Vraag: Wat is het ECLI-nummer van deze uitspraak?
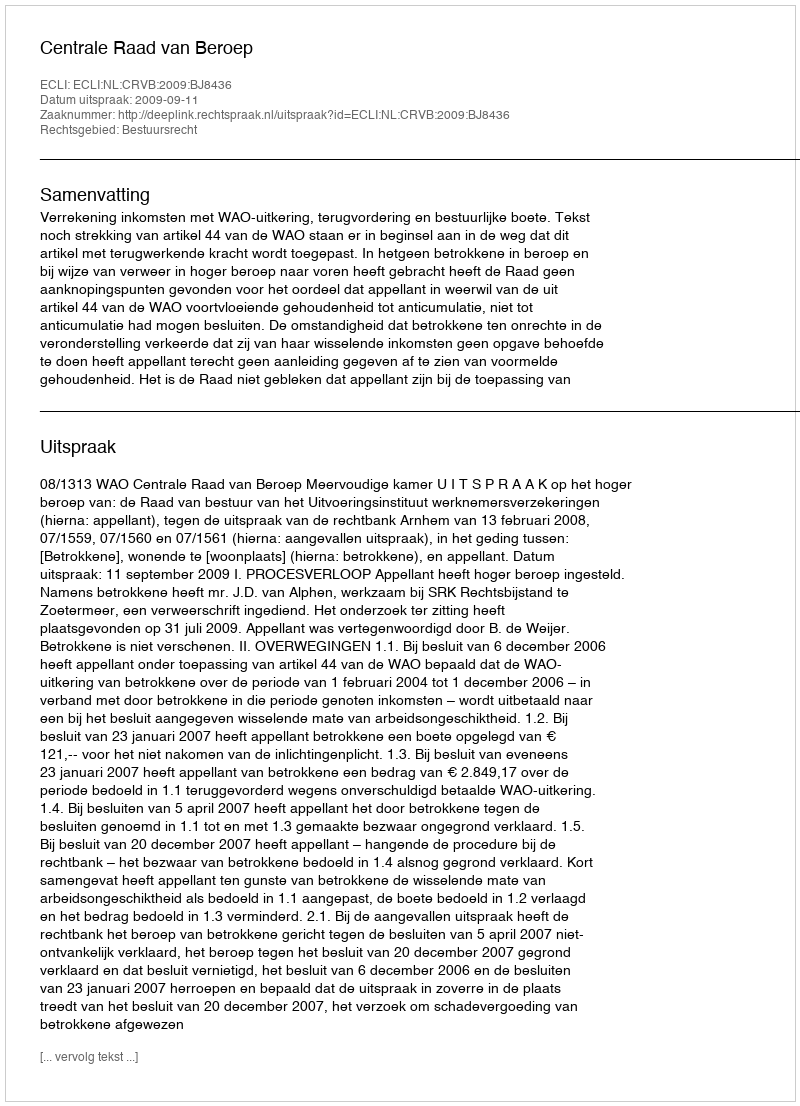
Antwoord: ECLI:NL:CRVB:2009:BJ8436